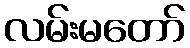
လမ်းမတော်